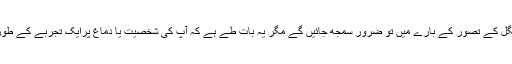
آپ ان وسیلوں سے جنگل کے تصور کے بارے میں تو ضرور سمجھ جائیں گے مگر یہ بات طے ہے کہ آپ کی شخصیت یا دماغ پرایک تجربے کے طور پر کوئی اثر نہ ہوگا۔